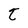
Character: t